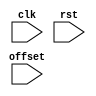
// This program was cloned from: https://github.com/lvyitian/public_personal_files
// License: Creative Commons Zero v1.0 Universal

// Dummy implementation, does nothing
module TC_Console (clk, rst, offset);
    parameter UUID = 0;
    parameter NAME = "";
    input clk;
    input rst;
    input [31:0] offset;
endmodule